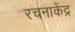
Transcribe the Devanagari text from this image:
रचनाकेंद्र